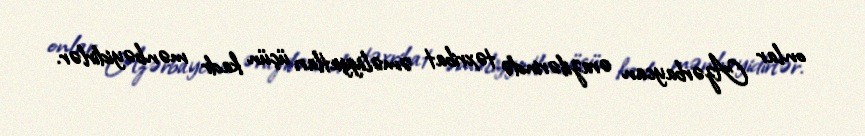
onlar Azərbaycan ərazilərində təxribat əməliyyatları üçün kadr mənbəyidirlər.